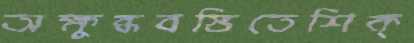
অক্ষুব্ধবস্তিতেশিক্